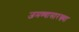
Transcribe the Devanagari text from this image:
जमण्यासारख्या